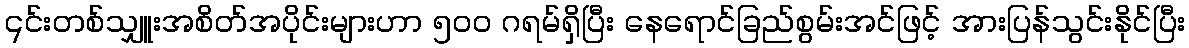
၎င်းတစ်သျှူးအစိတ်အပိုင်းများဟာ ၅၀၀ ဂရမ်ရှိပြီး နေရောင်ခြည်စွမ်းအင်ဖြင့် အားပြန်သွင်းနိုင်ပြီး